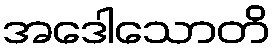
အဒေါသောတိ